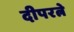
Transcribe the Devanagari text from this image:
दीपरत्ने